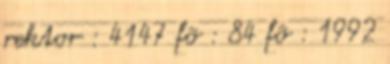
rektor : 4147 fõ : 84 fõ : 1992